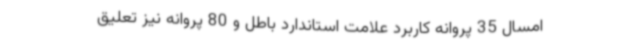
امسال 35 پروانه کاربرد علامت استاندارد باطل و 80 پروانه نیز تعلیق